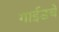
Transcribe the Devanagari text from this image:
गाईडचे